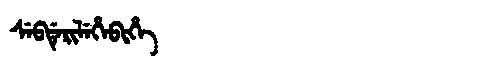
Manchu: ᠰᡝᠪᡩᡝᡵᡳᠯᡝᡥᡝᠪᡳᡥᡝ
Romanization: SEBDERILEHEBIHE